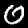
Label: 0